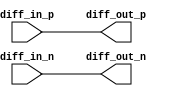
module dif_buffer (
    input wire diff_in_p,
    input wire diff_in_n,
    output reg diff_out_p,
    output reg diff_out_n
);

// Differential amplifier implementation
assign diff_out_p = diff_in_p;
assign diff_out_n = diff_in_n;

endmodule